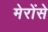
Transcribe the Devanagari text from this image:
मेरोंसे